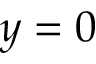
y = 0